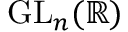
\mathrm { G L } _ { n } ( \mathbb { R } )